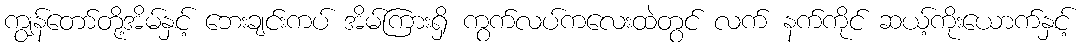
ကျွန်တော်တို့အိမ်နှင့် ဘေးချင်းကပ် အိမ်ကြားရှိ ကွက်လပ်ကလေးထဲတွင် လက် နက်ကိုင် ဆယ့်ကိုးယောက်နှင့်